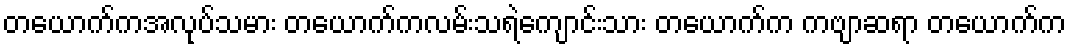
တယောက်ကအလုပ်သမား တယောက်ကလမ်းသရဲကျောင်းသား တယောက်က ကဗျာဆရာ တယောက်က